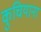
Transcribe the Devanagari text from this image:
कुचियाना